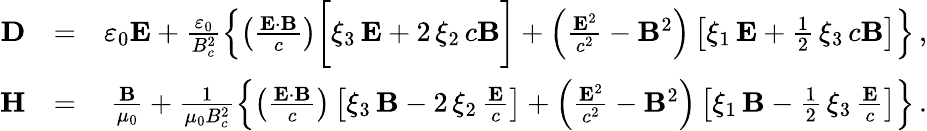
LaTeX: \begin{array}{rlr}{{\mathbf D}}&{=}&{\varepsilon_{0}{\mathbf E}+\frac{\varepsilon_{0}}{B_{c}^{2}}\left\{ \left(\frac{{\mathbf E}\cdot{\mathbf B}}{c}\right)\bigg[\xi_{3}\, {\mathbf E}+2\, \xi_{2}\, c{\mathbf B}\bigg]+\left(\frac{{\mathbf E}^{2}}{c^{2}}-{\mathbf B}^{2}\right)\left[\xi_{1}\, {\mathbf E}+\frac{1}{2}\, \xi_{3}\, c{\mathbf B}\right]\right\} \, ,}\\ {{\mathbf H}}&{=}&{\frac{{\mathbf B}}{\mu_{0}}+\frac{1}{\mu_{0}B_{c}^{2}}\left\{ \left(\frac{{\mathbf E}\cdot{\mathbf B}}{c}\right)\left[\xi_{3}\, {\mathbf B}-2\, \xi_{2}\, \frac{{\mathbf E}}{c}\right]+\left(\frac{{\mathbf E}^{2}}{c^{2}}-{\mathbf B}^{2}\right)\left[\xi_{1}\, {\mathbf B}-\frac{1}{2}\, \xi_{3}\, \frac{{\mathbf E}}{c}\right]\right\} \, .}\end{array}